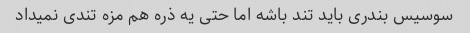
سوسیس بندری باید تند باشه اما حتی یه ذره هم مزه تندی نمیداد